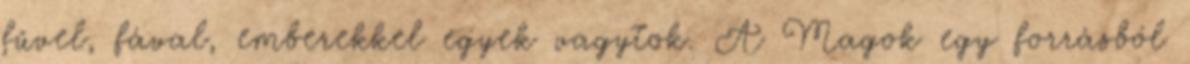
fűvel, fával, emberekkel egyek vagytok. A Magok egy forrásból